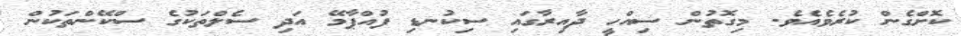
ކޮށްގެން ކުރެވެއެވެ. މިގޮތުން ސިއްހީ ދާއިރާގައި ސިކުނޑި ފުއްޕާމޭ އަދި ސެލްތަކުގެ ސްކޭންތަކުން